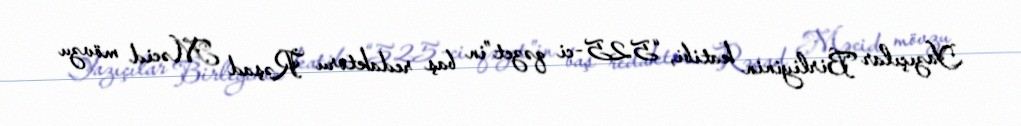
Yazıçılar Birliyinin katibi, “525-ci qəzet”in baş redaktoru Rəşad Məcid mövzu